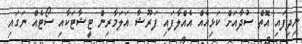
ނިދިފައި އޮތް ސުދާއަށް ކަޅިއެއް އެއްލާފައި ފަރޫޝާ އަލަމާރިން ޓީޝާޓަކާއި ސޯޓެއް ނަގައި